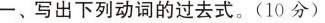
一、写出下列动词的过去式.(10分)